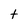
Character: t